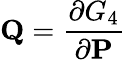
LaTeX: \mathbf{Q}={\frac{\partial G_{4}}{\partial\mathbf{P}}}